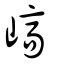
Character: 嵪